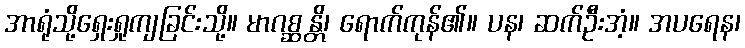
အာရုံသို့ရှေးရှုကျခြင်းသို့။ မာဂစ္ဆန္တိ၊ ရောက်ကုန်၏။ ပန၊ ဆက်ဦးအံ့။ အပရေန၊